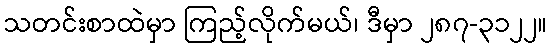
သတင်းစာထဲမှာ ကြည့်လိုက်မယ်၊ ဒီမှာ ၂၈၇-၃၁၂၂။